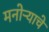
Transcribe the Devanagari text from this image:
मनोऱ्याचे